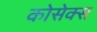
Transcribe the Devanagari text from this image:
कोसेक्स